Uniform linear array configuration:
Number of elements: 48
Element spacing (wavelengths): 0.75
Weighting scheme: exponential
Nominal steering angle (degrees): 30
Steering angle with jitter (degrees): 29.744
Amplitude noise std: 0.05
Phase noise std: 0.05

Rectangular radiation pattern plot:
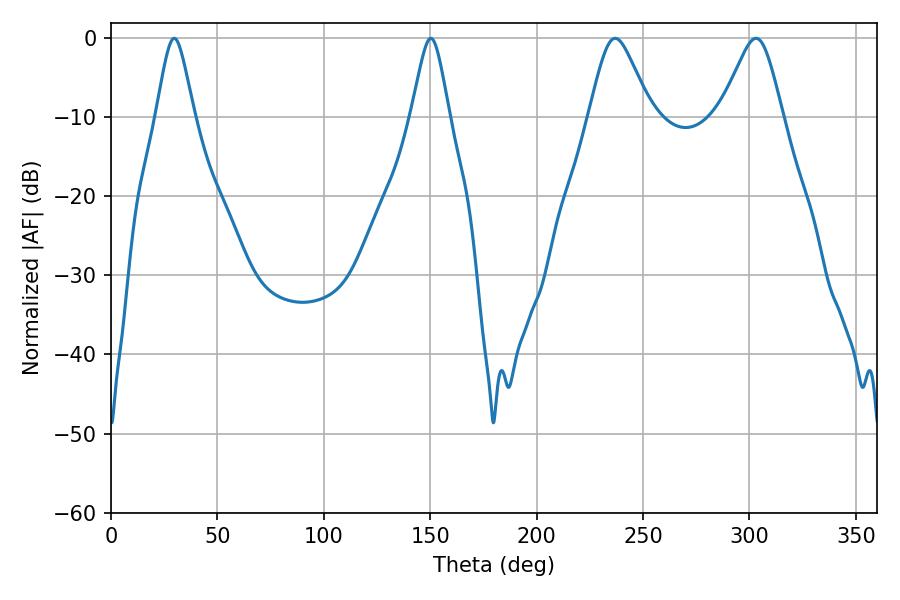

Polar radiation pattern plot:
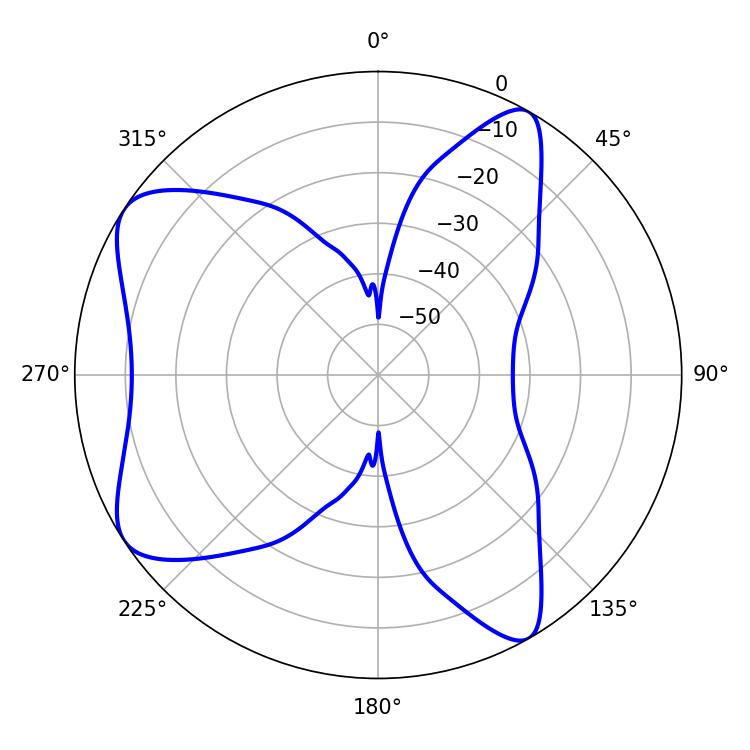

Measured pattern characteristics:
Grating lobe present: TRUE
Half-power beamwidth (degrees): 8.64
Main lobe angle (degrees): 29.7